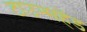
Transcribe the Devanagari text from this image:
टाउन्सहेंड